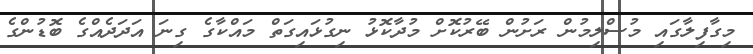
މިގާފިލާގައި މުސްލިމުން ރަށުން ބޭރުކޮށް މުދާކޮޅު ނިގުޅައިގަތް މައްކާގެ ގިނަ އަދަދެއްގެ ބޮޑުންގެ